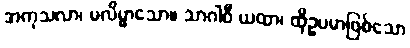
အကုသလာ၊ မလိမ္မာသော။ သာဂါဝီ ယထာ၊ ထိုဥပမာဖြစ်သော